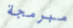
مبرمجة